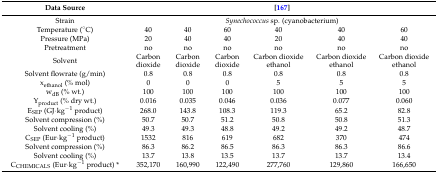
| Data Source | <COLSPAN=6> [167] |
 | --- | --- | --- | --- | --- | --- | --- |
 | Strain | <COLSPAN=6> Synechococcus sp. (cyanobacterium) |
 | Temperature (°C) | 40 | 40 | 60 | 40 | 40 | 60 |
 | Pressure (MPa) | 20 | 40 | 40 | 20 | 40 | 40 |
 | Pretreatment | no | no | no | no | no | no |
 | Solvent | Carbon dioxide | Carbon dioxide | Carbon dioxide | Carbon dioxide ethanol | Carbon dioxide ethanol | Carbon dioxide ethanol |
 | Solvent flowrate (g/min) | 0.8 | 0.8 | 0.8 | 0.8 | 0.8 | 0.8 |
 | xethanol (% mol) | 0 | 0 | 0 | 5 | 5 | 5 |
 | wdB (% wt.) | 100 | 100 | 100 | 100 | 100 | 100 |
 | Yproduct (% dry wt.) | 0.016 | 0.035 | 0.046 | 0.036 | 0.077 | 0.060 |
 | ESEP (GJ·kg−1 product) | 268.0 | 143.8 | 108.3 | 119.3 | 65.2 | 82.8 |
 | Solvent compression (%) | 50.7 | 50.7 | 51.2 | 50.8 | 50.8 | 51.3 |
 | Solvent cooling (%) | 49.3 | 49.3 | 48.8 | 49.2 | 49.2 | 48.7 |
 | CSEP (Eur·kg−1 product) | 1532 | 816 | 619 | 682 | 370 | 474 |
 | Solvent compression (%) | 86.3 | 86.2 | 86.5 | 86.3 | 86.3 | 86.6 |
 | Solvent cooling (%) | 13.7 | 13.8 | 13.5 | 13.7 | 13.7 | 13.4 |
 | CCHEMICALS (Eur·kg−1 product) * | 352,170 | 160,990 | 122,490 | 277,760 | 129,860 | 166,650 |